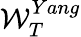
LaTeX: \mathcal{W}_{T}^{Yang}